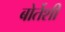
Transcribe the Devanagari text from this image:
बोर्तेशी